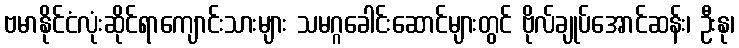
ဗမာနိုင်ငံလုံးဆိုင်ရာကျောင်းသားများ သမဂ္ဂခေါင်းဆောင်များတွင် ဗိုလ်ချုပ်အောင်ဆန်း၊ ဦးနု၊